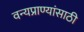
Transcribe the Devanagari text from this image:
वन्यप्राण्यांसाठी